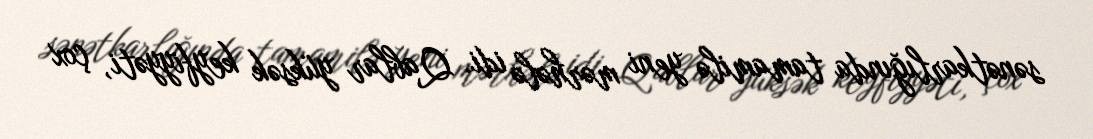
sənətkarlığında tamamilə yeni mərhələ idi. Qablar yüksək keyfiyyəti, çox